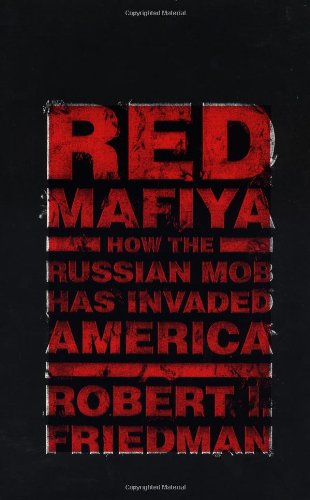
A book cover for Red Mafiya:  How the Russian Mob Has Invaded America; Robert I. Friedman; History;